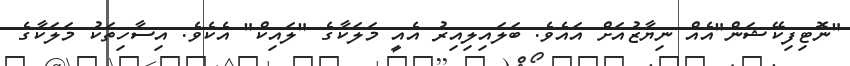
"ނޮޓިފިކޭޝަން"އެއް ނިޔާޒުއަށް އައެވެ. ބަލައިލިއިރު އެއީ މަލަކާގެ "ލައިކް" އެކެވެ. އިސާހިތަކު މަލަކާގެ